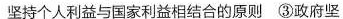
坚持个人利益与国家利益相结合的原则③政府坚